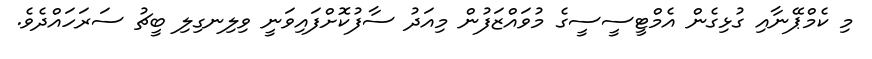
މި ކެމްޕޭނާއި ގުޅިގެން އެމްޓީސީސީގެ މުވައްޒަފުން މިއަދު ސާފުކޮށްފައިވަނީ ވިލިނގިލި ބީޗު ސަރަހައްދެވެ.